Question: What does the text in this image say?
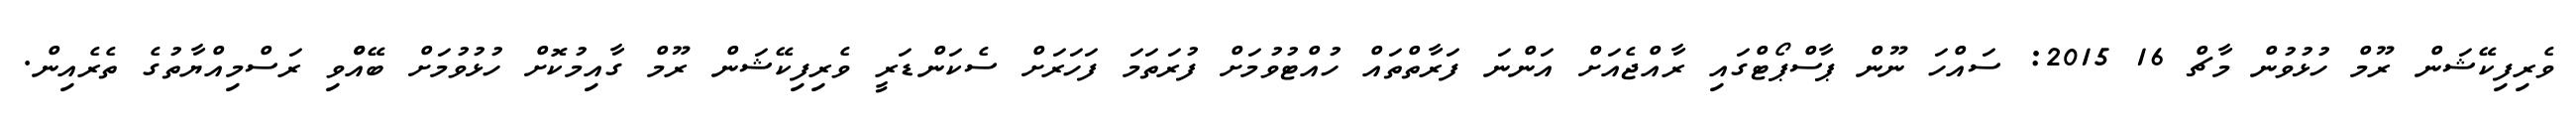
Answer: ވެރިފިކޭޝަން ރޫމް ހުޅުވުން މާޗް 16 2015: ސައްހަ ނޫން ޕާސްޕޯޓްގައި ރާއްޖެއަށް އަންނަ ފަރާތްތައް ހުއްޓުވުމަށް ފުރަތަމަ ފަހަރަށް ސެކަންޑަރީ ވެރިފިކޭޝަން ރޫމް ގާއިމުކޮށް ހުޅުވުމަށް ބޭއްްވި ރަސްމިއްޔާތުގެ ތެރެއިން.